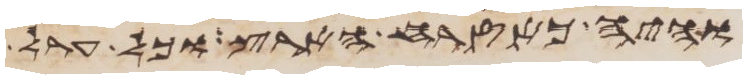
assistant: והיה כאזרח הארץ וכל ערל